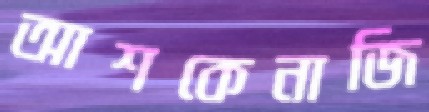
আশকেনাজি